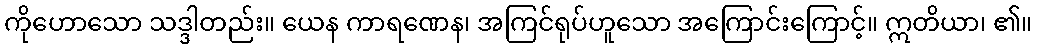
ကိုဟောသော သဒ္ဒါတည်း။ ယေန ကာရဏေန၊ အကြင်ရုပ်ဟူသော အကြောင်းကြောင့်။ ဣတိယာ၊ ၏။